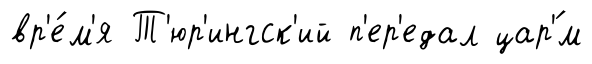
вр'е́м'я Т'юр'ингск'ий п'ер'едал цар'́м